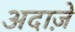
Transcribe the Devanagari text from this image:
अदाज़े